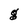
Character: g